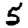
Digit: 5